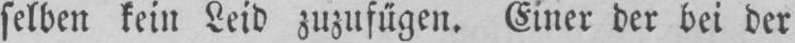
selben kein Leid zuzufugen. Einer der bei der